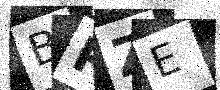
Text: BRZE